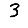
Digit: 3